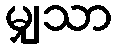
မျှသာ